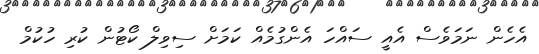
އެހެން ނަމަވެސް އެއީ ސައްހަ އެންގުމެއް ކަމަށް ސިވިލް ކޯޓުން ކުރި ހުކުމް